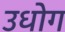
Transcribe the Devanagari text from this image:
उधाेग